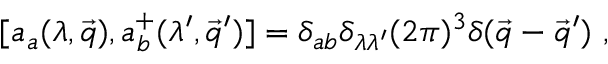
[ a _ { a } ( \lambda , \vec { q } ) , a _ { b } ^ { + } ( \lambda ^ { \prime } , \vec { q } ^ { \prime } ) ] = \delta _ { a b } \delta _ { \lambda \lambda ^ { \prime } } ( 2 \pi ) ^ { 3 } \delta ( \vec { q } - \vec { q } ^ { \prime } ) ~ ,